Indian journal of veterinary science and animal husbandry - Volumes 15-17, 1948-1951
Year: 1948
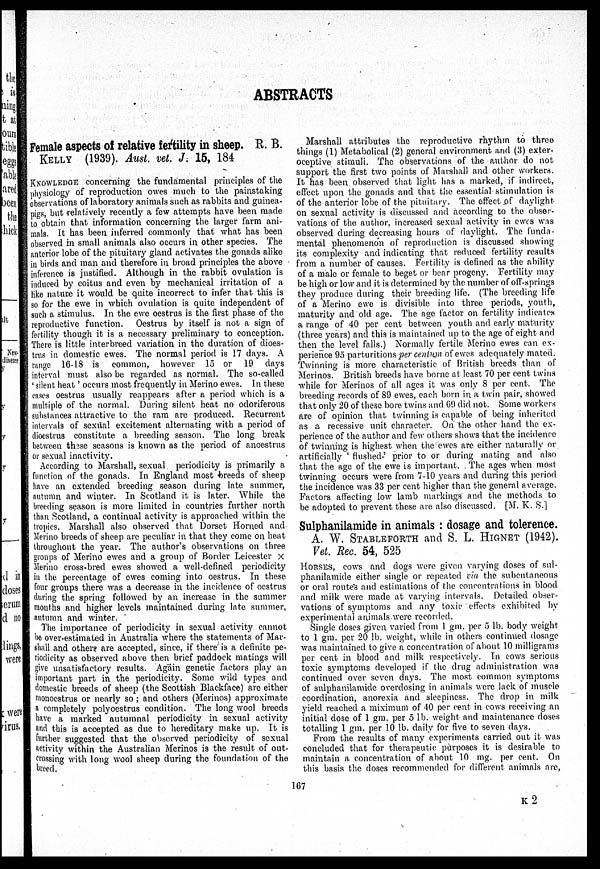
ABSTRACTS
Female aspects of relative fertility in sheep. R. B.
KELLY (1939). Aust. vet. J. 15, 184
KNOWLEDGE concerning the fundamental principles of the
physiology of reproduction owes much to the painstaking
observations of laboratory animals such as rabbits and guinea¬
pigs, but relatively recently a few attempts have been made
to obtain that information concerning the larger farm ani-
mals. It has been inferred commonly that what has been
observed in small animals also occurs in other species. The
anterior lobe of the pituitary gland activates the gonads alike
in birds and man and therefore in broad principles the above
inference is justified. Although in the rabbit ovulation is
induced by coitus and even by mechanical irritation of a
like nature it would be quite incorrect to infer that this is
so for the ewe in which ovulation is quite independent of
such a stimulus. In the ewe oestrus is the first phase of the
reproductive function.
Oestrus by itself is not a sign of
fertility though it is a necessary preliminary to conception.
There is little interbreed variation in the duration of dioes-
trus in domestic ewes. The normal period is 17 days. A
range 16-18 is common, however 15 or 19 days
interval must also be regarded as normal. The so-called
'silent heat' occurs most frequently in Merino ewes. In these
cases oestrus usually reappears after a period which is a
multiple of the normal. During silent heat no odoriferous
substances attractive to the ram are produced. Recurrent
intervals of sexual excitement alternating with a period of
dioestrus constitute a breeding season. The long break
between these seasons is known as the period of anoestrus
or sexual inactivity.
According to Marshall, sexual periodicity is primarily a
function of the gonads. In England most breeds of sheep
have an extended breeding season during late summer,
autumn and winter. In Scotland it is later. While the
breeding season is more limited in countries further north
than Scotland, a continual activity is approached within the
tropics. Marshall also observed that Dorset Horned and
Merino breeds of sheep are peculiar in that they come on heat
throughout the year. The author's observations on three
groups of Merino ewes and a group of Border Leicester x
Merino cross-bred ewes showed a well-defined periodicity
in the percentage of ewes coming into oestrus. In these
four groups there was a decrease in the incidence of oestrus
during the spring followed by an increase in the summer
months and higher levels maintained during late summer,
autumn and winter.
The importance of periodicity in sexual activity cannot
be over-estimated in Australia where the statements of Mar-
shall and others are accepted, since, if there is a definite pe-
riodicity as observed above then brief paddock matings will
give unsatisfactory results. Again genetic factors play an
important part in the periodicity. Some wild types and
domestic breeds of sheep (the Scottish Blackface) are either
monoestrus or nearly so; and others (Merinos) approximate
a completely polyoestrus condition. The long wool breeds
have a marked autumnal periodicity in sexual activity
and this is accepted as due to hereditary make up. It is
further suggested that the observed periodicity of sexual
activity within the Australian Merinos is the result of out-
crossing with long wool sheep during the foundation of the
breed.
Marshall attributes the reproductive rhythm to three
things (1) Metabolical (2) general environment and (3) exter-
oceptive stimuli. The observations of the author do not
support the first two points of Marshall and other workers.
It has been observed that light has a marked, if indirect,
effect upon the gonads and that the essential stimulation is
of the anterior lobe of the pituitary. The effect of daylight
on sexual activity is discussed and according to the obser-
vations of the author, increased sexual activity in ewes was
observed during decreasing hours of daylight. The funda-
mental phenomenon of reproduction is discussed showing
its complexity and indicating that reduced fertility results
from a number of causes. Fertility is defined as the ability
of a male or female to beget or bear progeny. Fertility may
be high or low and it is determined by the number of off-springs
they produce during their breeding life. (The breeding life
of a Merino ewe is divisible into three periods, youth,
maturity and old age. The age factor on fertility indicates
a range of 40 per cent between youth and early maturity
(three years) and this is maintained up to the age of eight and
then the level falls.) Normally fertile Merino ewes can ex-
perience 95 parturitions per centum of ewes adequately mated.
Twinning is more characteristic of British breeds than of
Merinos. British breeds have borne at least 70 per cent twins
while for Merinos of all ages it was only 8 per cent. The
breeding records of 89 ewes, each born in a twin pair, showed
that only 20 of these bore twins and 69 did not. Some workers
are of opinion that twinning is capable of being inherited
as a recessive unit character. On the other hand the ex-
perience of the author and few others shows that the incidence
of twinning is highest when the ewes are either naturally or
artificially 'flushed' prior to or during mating and also
that the age of the ewe is important. The ages when most
twinning occurs were from 7-10 years and during this period
the incidence was 33 per cent higher than the general average.
Factors affecting low lamb markings and the methods to
be adopted to prevent these are also discussed. [M. K. S.]
Sulphanilamide in animals: dosage and tolerence.
A. W. STABLEFORTH and S. L. HIGNET (1942).
Vet. Rec. 54, 525
HORSES, cows and dogs were given varying doses of sul-
phanilamide either single or repeated via the subcutaneous
or oral routes and estimations of the concentrations in blood
and milk were made at varying intervals. Detailed obser-
vations of symptoms and any toxic effects exhibited by
experimental animals were recorded.
Single doses given varied from 1 gm. per 5 lb. body weight
to 1 gm. per 20 lb. weight, while in others continued dosage
was maintained to give a concentration of about 10 milligrams
per cent in blood and milk respectively. In cows serious
toxic symptoms developed if the drug administration was
continued over seven days. The most common symptoms
of sulphanilamide overdosing in animals were lack of muscle
coordination, anorexia and sleepiness. The drop in milk
yield reached a miximum of 40 per cent in cows receiving an
initial dose of 1 gm. per 5 lb. weight and maintenance doses
totalling 1 gm. per 10 lb. daily for five to seven days.
From the results of many experiments carried out it was
concluded that for therapeutic purposes it is desirable to
maintain a concentration of about 10 mg. per cent. On
this basis the doses recommended for different animals are,